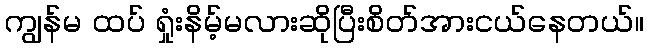
ကျွန်မ ထပ် ရှုံးနိမ့်မလားဆိုပြီးစိတ်အားငယ်နေတယ်။